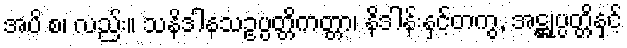
အပိ စ၊ လည်း။ သနိဒါနသဥပ္ပတ္တိကတ္တာ၊ နိဒါန်းနှင့်တကွ, အဋ္ဌုပ္ပတ္တိနှင့်